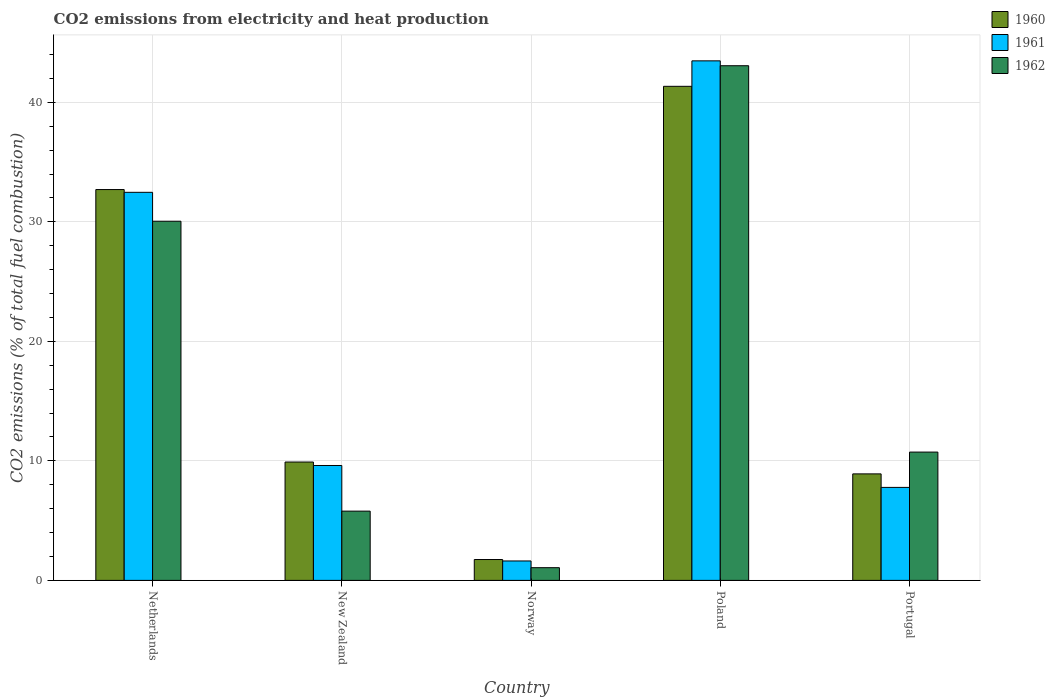
| Country | 1960 | 1961 | 1962 |
 | --- | --- | --- | --- |
 | Netherlands | 32.7 | 32.5 | 30 |
 | New Zealand | 9.9 | 9.61 | 5.79 |
 | Norway | 1.75 | 1.63 | 1.06 |
 | Poland | 41.3 | 43.5 | 43.1 |
 | Portugal | 8.91 | 7.78 | 10.7 |